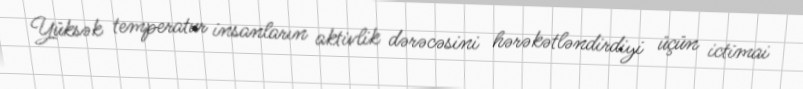
Yüksək temperatur insanların aktivlik dərəcəsini hərəkətləndirdiyi üçün ictimai